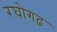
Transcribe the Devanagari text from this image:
रघोगढ़